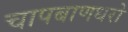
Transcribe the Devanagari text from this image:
चापबाणधरो